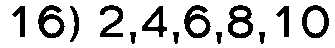
16) 2,4,6,8,10